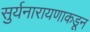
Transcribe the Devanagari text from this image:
सुर्यनारायणाकडून